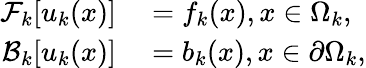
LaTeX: \begin{array}{rl}{\mathcal{F}_{k}[u_{k}(x)]}&{{}=f_{k}(x),x\in\Omega_{k},}\\ {\mathcal{B}_{k}[u_{k}(x)]}&{{}=b_{k}(x),x\in\partial\Omega_{k},}\end{array}